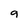
Character: 9